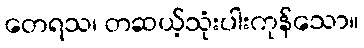
တေရသ၊ တဆယ့်သုံးပါးကုန်သော။